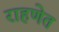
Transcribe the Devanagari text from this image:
राहणेत